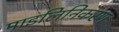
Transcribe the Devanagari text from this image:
माइलिनिकरण